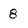
Character: 8